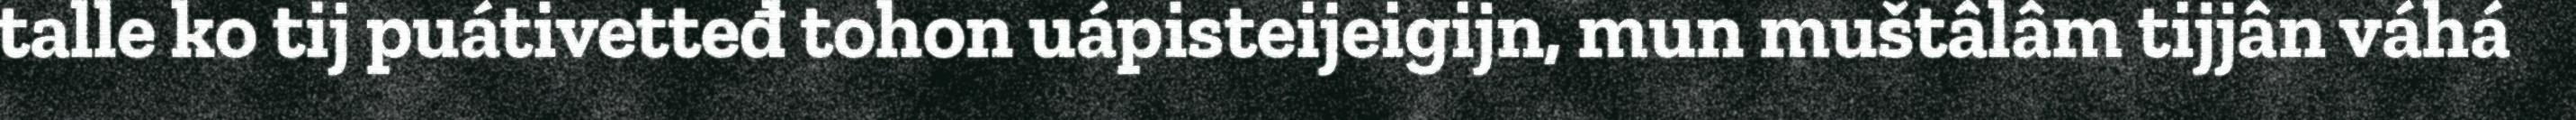
talle ko tij puátivetteđ tohon uápisteijeigijn, mun muštâlâm tijjân váhá